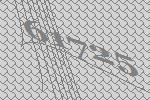
61725